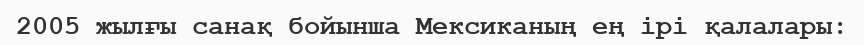
2005 жылғы санақ бойынша Мексиканың ең ірі қалалары: